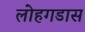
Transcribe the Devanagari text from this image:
लोहगडास